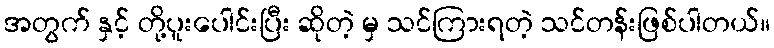
အတွက် နှင့် တို့ပူးပေါင်းပြီး ဆိုတဲ့ မှ သင်ကြားရတဲ့ သင်တန်းဖြစ်ပါတယ်။